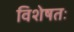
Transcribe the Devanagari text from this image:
विशेषतः